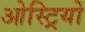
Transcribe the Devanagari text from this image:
ओस्ट्रियो